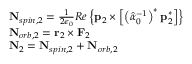
\begin{array} { r l } & { \mathbf { N } _ { s p i n , 2 } = \frac { 1 } { 2 \epsilon _ { 0 } } R e \left\{ \mathbf { p } _ { 2 } \times \left[ \left( \hat { \alpha } _ { 0 } ^ { - 1 } \right) ^ { * } \mathbf { p } _ { 2 } ^ { * } \right] \right\} } \\ & { \mathbf { N } _ { o r b , 2 } = \mathbf { r } _ { 2 } \times \mathbf { F } _ { 2 } } \\ & { \mathbf { N } _ { 2 } = \mathbf { N } _ { s p i n , 2 } + \mathbf { N } _ { o r b , 2 } } \end{array}